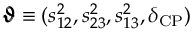
\pmb { \vartheta } \equiv ( s _ { 1 2 } ^ { 2 } , s _ { 2 3 } ^ { 2 } , s _ { 1 3 } ^ { 2 } , \delta _ { \mathrm { C P } } )